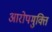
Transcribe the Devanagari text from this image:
आरोपमुक्ति